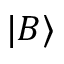
| B \rangle